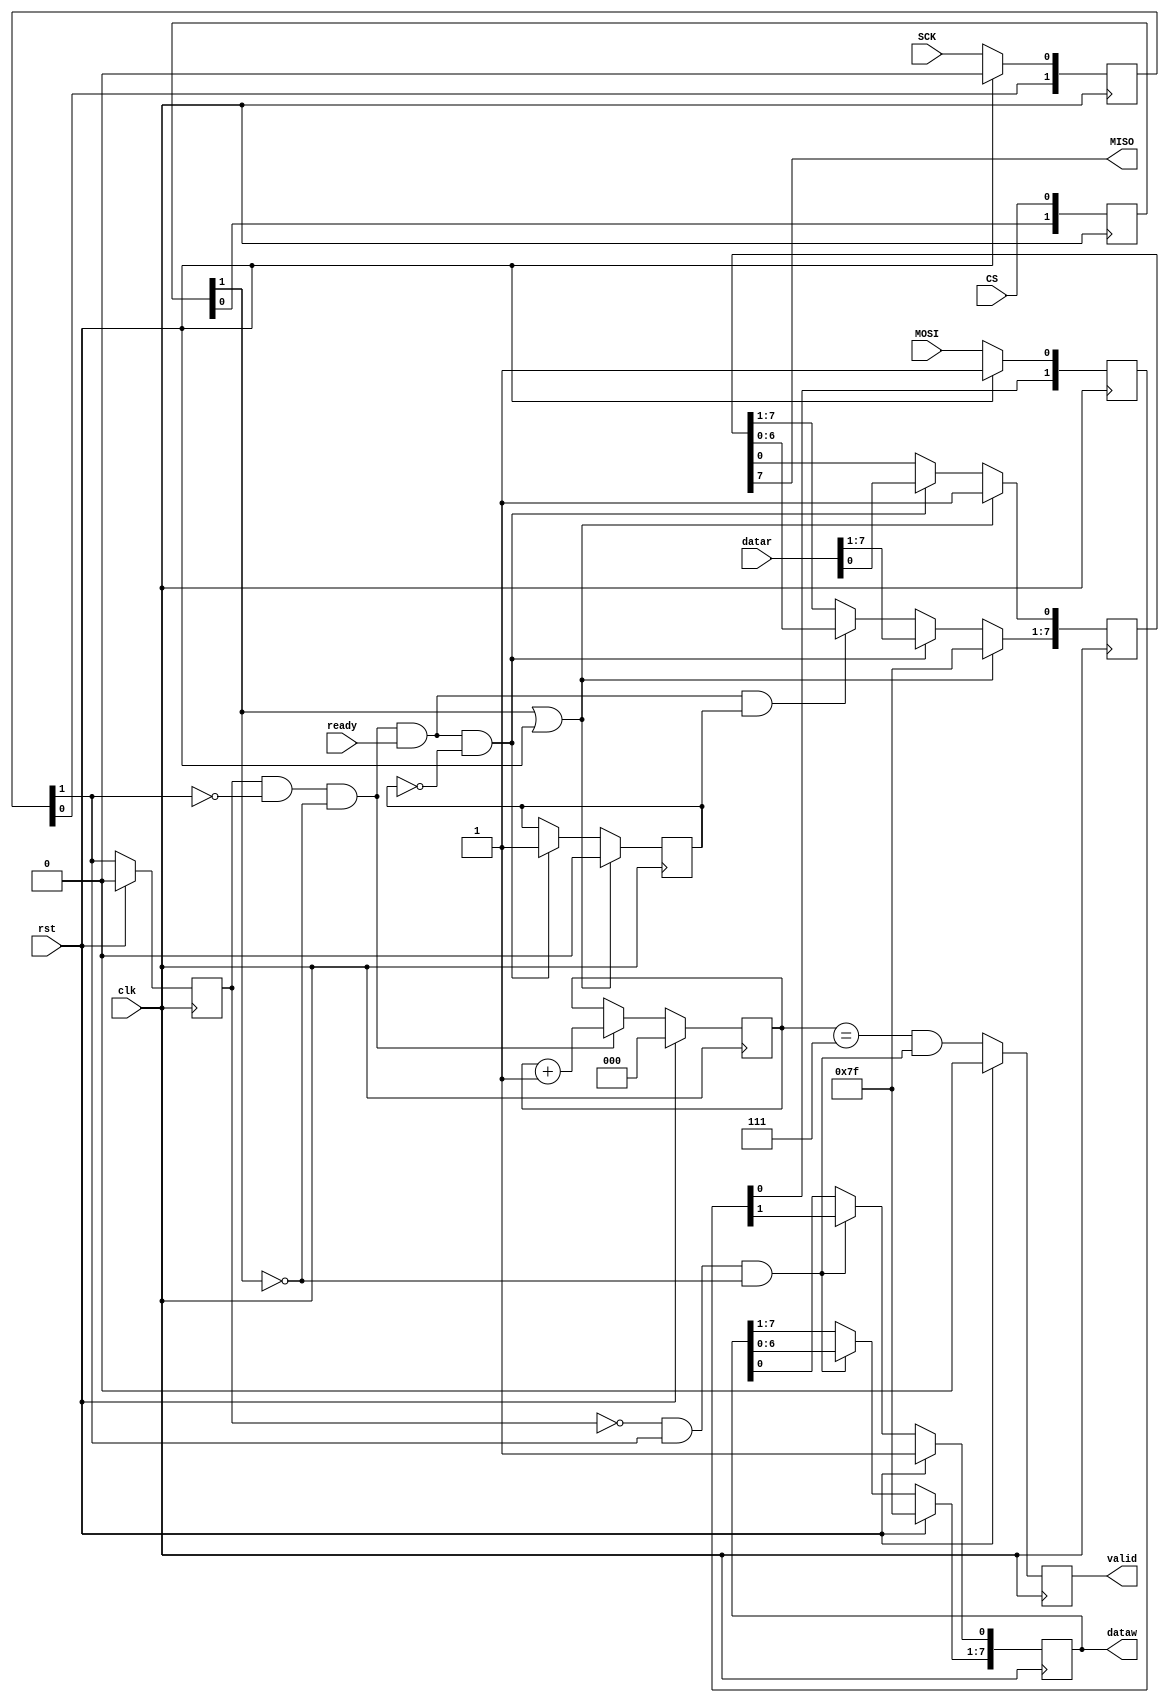
module spi
	(
	input SCK,
	input CS,
	input MOSI,
	output MISO,
	input clk,
	input rst,
	input ready,
	input [7:0]datar,
	output [7:0]dataw,
	output reg valid
		);
	genvar i;
	//******** CS SYNCRONIZER*****
	reg [1:0]CS_sync;
	always @(posedge clk)begin
		CS_sync[0]<=CS;
		CS_sync[1]<=CS_sync[0];
	end
	//*****************************
	//******* SCK ANALYZER *******
	reg [1:0]SCK_sync;
	always @(posedge clk)begin
		if(rst)
			SCK_sync<=0; //due to spi mode
		else
			SCK_sync[0]<=SCK;
			SCK_sync[1]<=SCK_sync[0];
	end
	reg late_SCK;
	always @(posedge clk)begin
		if(rst)
			late_SCK<=0; //due to spi mode
		else
			late_SCK<=SCK_sync[1];
	end
	wire SCK_RE;
	wire SCK_FE;
	assign SCK_RE=~late_SCK & SCK_sync[1] & ~CS_sync[1];
	assign SCK_FE= late_SCK &~SCK_sync[1] & ~CS_sync[1];
	//**************************************

	//***** STATE COUNTER ********
	reg [2:0]counter;
	always @(posedge clk)begin
		if(rst)
			counter<=0;
		else if(SCK_FE)
			counter<=counter+1;
	end

	always @(posedge clk)begin
		if(rst)
			valid <=0;
		else
		 	valid <= counter==7 & SCK_RE;
	end
	//**********************************

	//***** MOSI SHIFT REGISTER ********
	reg [1:0]MOSI_sync;
	always @(posedge clk)begin
		if(rst)
			MOSI_sync<=2'b11; //due to spi mode
		else
			MOSI_sync[0]<=MOSI;
			MOSI_sync[1]<=MOSI_sync[0];
	end
	reg [7:0] MOSI_SR;
	always @(posedge clk)begin
		if(rst)
			MOSI_SR<=8'hFF; //due to spi mode
		else if(SCK_RE) begin
			MOSI_SR[0]	<=MOSI_sync[1];
			MOSI_SR[7:1]<=MOSI_SR[6:0];
		end
	end
	assign dataw=MOSI_SR;
	//**********************************

	//***** MIS0 SHIFT REGISTER ********
	reg [7:0] MISO_SR;
	reg sending;
	always @(posedge clk)begin
		if( CS_sync[1] | rst)begin
			MISO_SR<=8'hFF; //due to spi mode
			sending<=0;
		end
		else if( SCK_FE & ready & ~sending)begin
			MISO_SR<=datar;
			sending<=1;
		end
		else if( SCK_FE & ready & sending)
			MISO_SR[7:1]<=MISO_SR[6:0];		
	end
	assign MISO = MISO_SR[7];
	//**********************************
endmodule